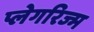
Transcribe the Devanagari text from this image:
प्लेगरिज्म